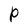
Character: P